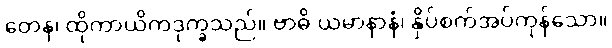
တေန၊ ထိုကာယိကဒုက္ခသည်။ ဗာဓိ ယမာနာနံ၊ နှိပ်စက်အပ်ကုန်သော။